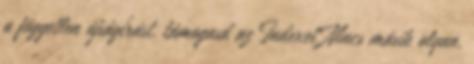
a független újságírást, támogasd az Indexet Nincs másik olyan,